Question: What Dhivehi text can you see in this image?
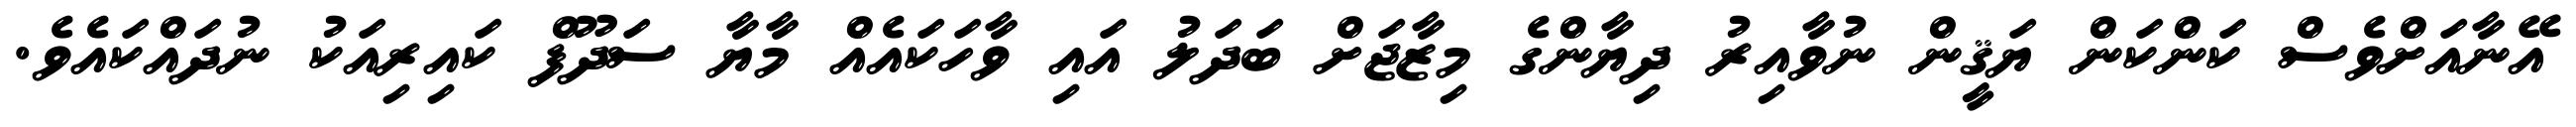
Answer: އޭނާއަށްވެސް ކަންކަން ޔަޤީން ނުވާއިރު ދިޔާންގެ މިޒާޖަށް ބަދަލު އައި ވާހަކައެއް މާޔާ ސަދޫފް ކައިރިއަކު ނުދައްކައެވެ.